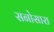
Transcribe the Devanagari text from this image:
सनोसारा